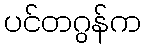
ပင်တဂွန်က